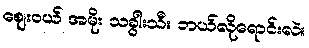
ဈေးဝယ် အမိုး သခွါးသီး ဘယ်လိုရောင်းလဲ။